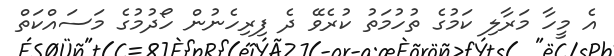
އެ މީހާ މަރާލި ކަމުގެ ތުހުމަތު ކުރެވޭ ދެ ފިރިހެނުން ހޯދުމުގެ މަސައްކަތް